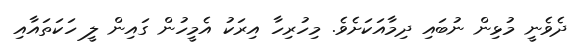
ދެވެނީ މުޅިން ނުބައި ދިމާއަކަށެވެ. މިހުރިހާ އިރަކު އެމީހުން ގައިން ލީ ހަކަތައާއި